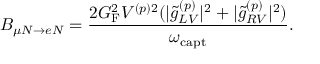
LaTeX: B _ { \mu N \to e N } = \frac { 2 G _ { \mathrm { F } } ^ { 2 } V ^ { ( p ) 2 } ( | \tilde { g } _ { L V } ^ { ( p ) } | ^ { 2 } + | \tilde { g } _ { R V } ^ { ( p ) } | ^ { 2 } ) } { \omega _ { \mathrm { c a p t } } } .